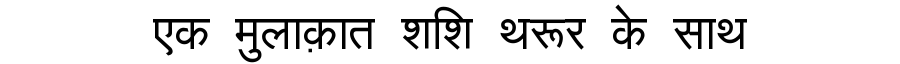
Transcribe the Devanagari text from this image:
एक मुलाक़ात शशि थरूर के साथ